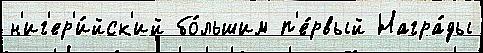
н'иг'ер'и́йск'ий бо́льшим п'е́рвый Награ́ды